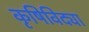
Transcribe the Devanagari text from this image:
कृषिविद्या